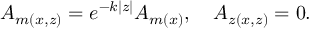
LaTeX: A _ { m ( x , z ) } = e ^ { - k | z | } A _ { m ( x ) } , \quad A _ { z ( x , z ) } = 0 .